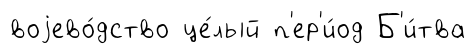
воjево́дство це́лый п'ер'и́од Б'и́тва